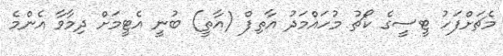
މެޗަށްފަހު ޓީސީގެ ކޯޗު މުހައްމަދު އާތިފް (އާތީ) ބުނީ އެޓީމަށް ދިމާވާ އެންމެ